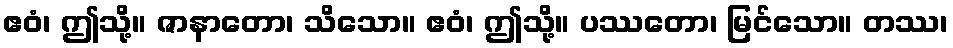
ဧဝံ၊ ဤသို့။ ဇာနာတော၊ သိသော။ ဧဝံ၊ ဤသို့။ ပဿတော၊ မြင်သော။ တဿ၊